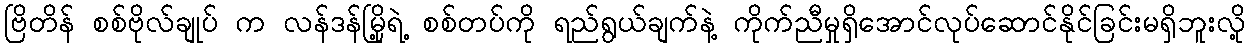
ဗြိတိန် စစ်ဗိုလ်ချုပ် က လန်ဒန်မြို့ရဲ့ စစ်တပ်ကို ရည်ရွယ်ချက်နဲ့ ကိုက်ညီမှုရှိအောင်လုပ်ဆောင်နိုင်ခြင်းမရှိဘူးလို့